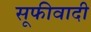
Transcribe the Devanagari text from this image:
सूफीवादी